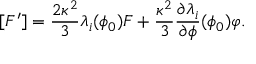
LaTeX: [ F ^ { \prime } ] = \frac { 2 \kappa ^ { 2 } } { 3 } \lambda _ { i } ( \phi _ { 0 } ) F + \frac { \kappa ^ { 2 } } { 3 } \frac { \partial \lambda _ { i } } { \partial \phi } ( \phi _ { 0 } ) \varphi .